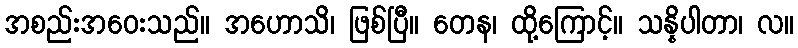
အစည်းအဝေးသည်။ အဟောသိ၊ ဖြစ်ပြီ။ တေန၊ ထို့ကြောင့်။ သန္နိပါတာ၊ လ။